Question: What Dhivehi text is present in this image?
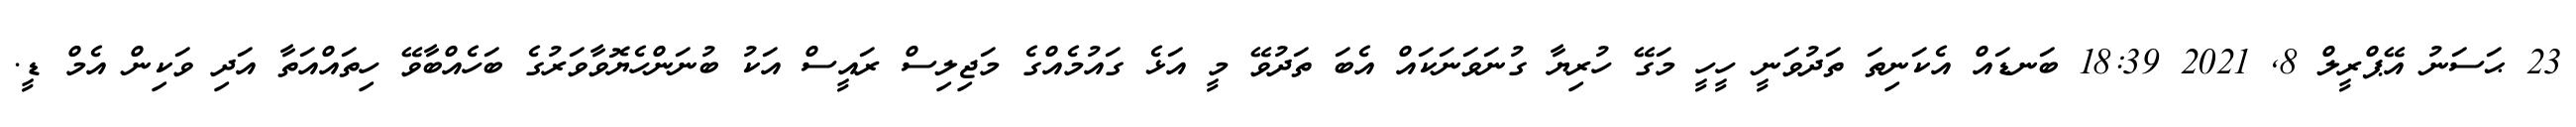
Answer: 23 ޙަސަނު އޭޕްރީލް 8, 2021 18:39 ބަނޑައް އެކަނިތަ ތަދުވަނީ ހީހީ މަގޭ ހުރިޔާ ގުނަވަނަކައް އެބަ ތަދުވޭ މީ އަޅެ ގައުމެއްގެ މަޖިލިސް ރައީސް އަކު ބުނަންހެޔޮވާވަރުގެ ބަހެއްބާވޭ ހިތައްއަތާ އަދި ވަކިން އެމް ޑީ.